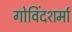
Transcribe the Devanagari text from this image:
गोविंदशर्मा